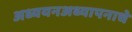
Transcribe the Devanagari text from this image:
अध्ययनअध्यापनाचे